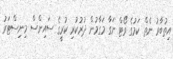
އިތުބާރު ނެތް ކަމުގެ ވޯޓް ނަގާ މަގާމުން ދުރުކުރި ކުރީގެ ސައިންސް މިނިސްޓަރު